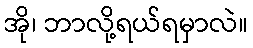
အို၊ ဘာလို့ရယ်ရမှာလဲ။